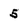
Character: 5